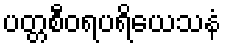
ပတ္တစီဝရပရိယေသနံ